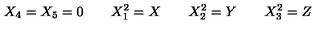
X _ { 4 } = X _ { 5 } = 0 \quad \quad X _ { 1 } ^ { 2 } = X \quad \quad X _ { 2 } ^ { 2 } = Y \quad \quad X _ { 3 } ^ { 2 } = Z